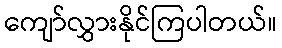
ကျော်လွှားနိုင်ကြပါတယ်။